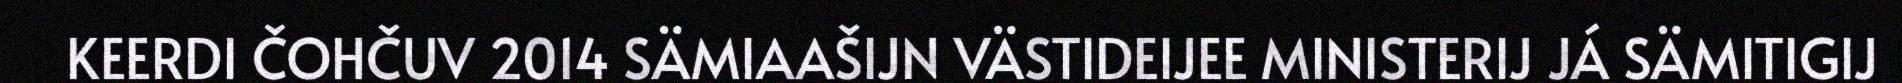
KEERDI ČOHČUV 2014 SÄMIAAŠIJN VÄSTIDEIJEE MINISTERIJ JÁ SÄMITIGIJ